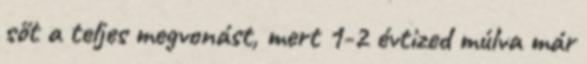
sőt a teljes megvonást, mert 1-2 évtized múlva már